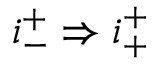
i _ { - } ^ { + } \Rightarrow i _ { + } ^ { + }